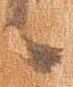
候